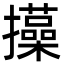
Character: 㩰